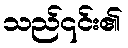
သည်၎င်း၏